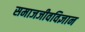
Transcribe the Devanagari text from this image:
समाजजीवविज्ञान